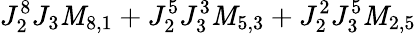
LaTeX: J_{2}^{8}J_{3}\mathit{M}_{8,1}+J_{2}^{5}J_{3}^{3}\mathit{M}_{5,3}+J_{2}^{2}J_{3}^{5}\mathit{M}_{2,5}